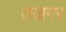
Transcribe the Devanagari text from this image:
उजगर